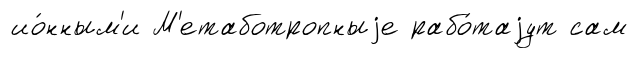
ио́нным'и М'етаботропныjе рабо́таjут сам